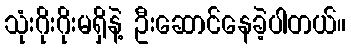
သုံးဂိုးဂိုးမရှိနဲ့ ဦးဆောင်နေခဲ့ပါတယ်။